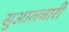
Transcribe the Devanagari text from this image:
सुआलबारी